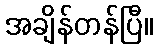
အချိန်တန်ပြီ။